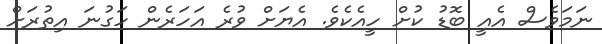
ނަމަވެސް އެއީ ބޮޑު ކުށް ހީއެކެވެ. އެޔަށް ވުރެ އަހަރެން ހަގުނަ އިތުރަށް